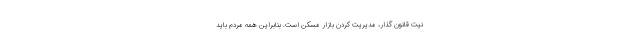
نیت قانون گذار، مدیریت کردن بازار مسکن است. بنابراین همه مردم باید